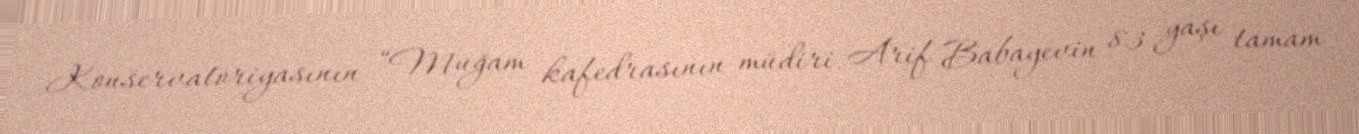
Konservatoriyasının “Muğam kafedrasının müdiri Arif Babayevin 83 yaşı tamam